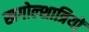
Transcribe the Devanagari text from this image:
खगोल्शात्रियों